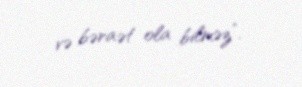
və bəraət ola bilməz”.